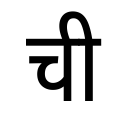
OCR:
ची